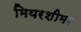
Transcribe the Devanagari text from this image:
मियरशीमर